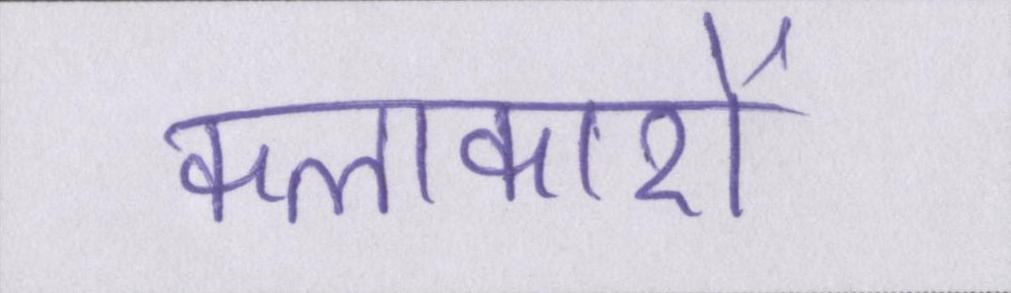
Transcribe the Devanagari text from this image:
कलाकारों